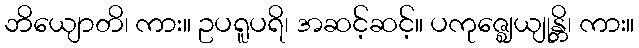
ဘိယျောတိ၊ ကား။ ဥပရူပရိ၊ အဆင့်ဆင့်။ ပကုဇ္ဈေယျုန္တိ၊ ကား။